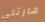
هارتلي